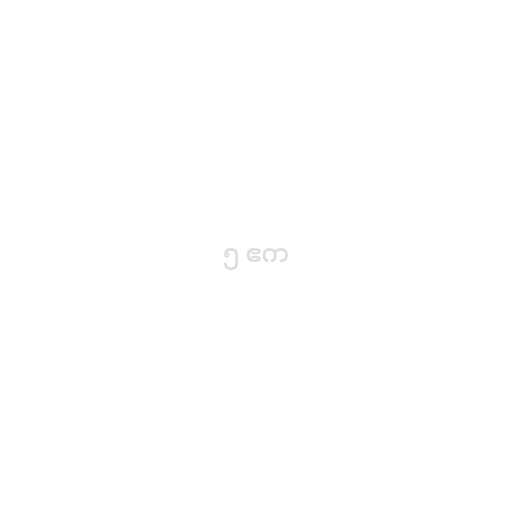
၅ ဧက